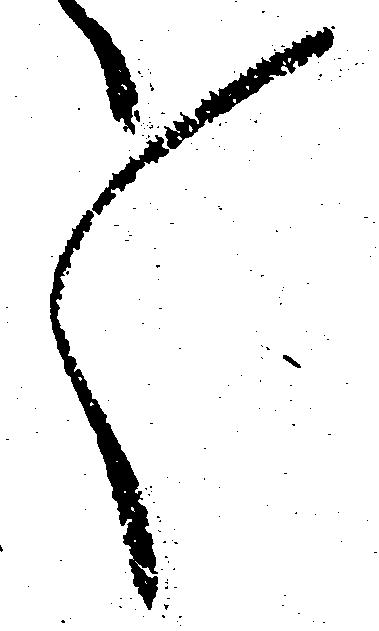
々